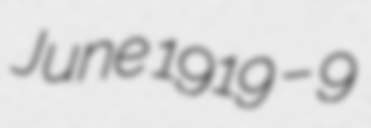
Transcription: June 1919 – 9